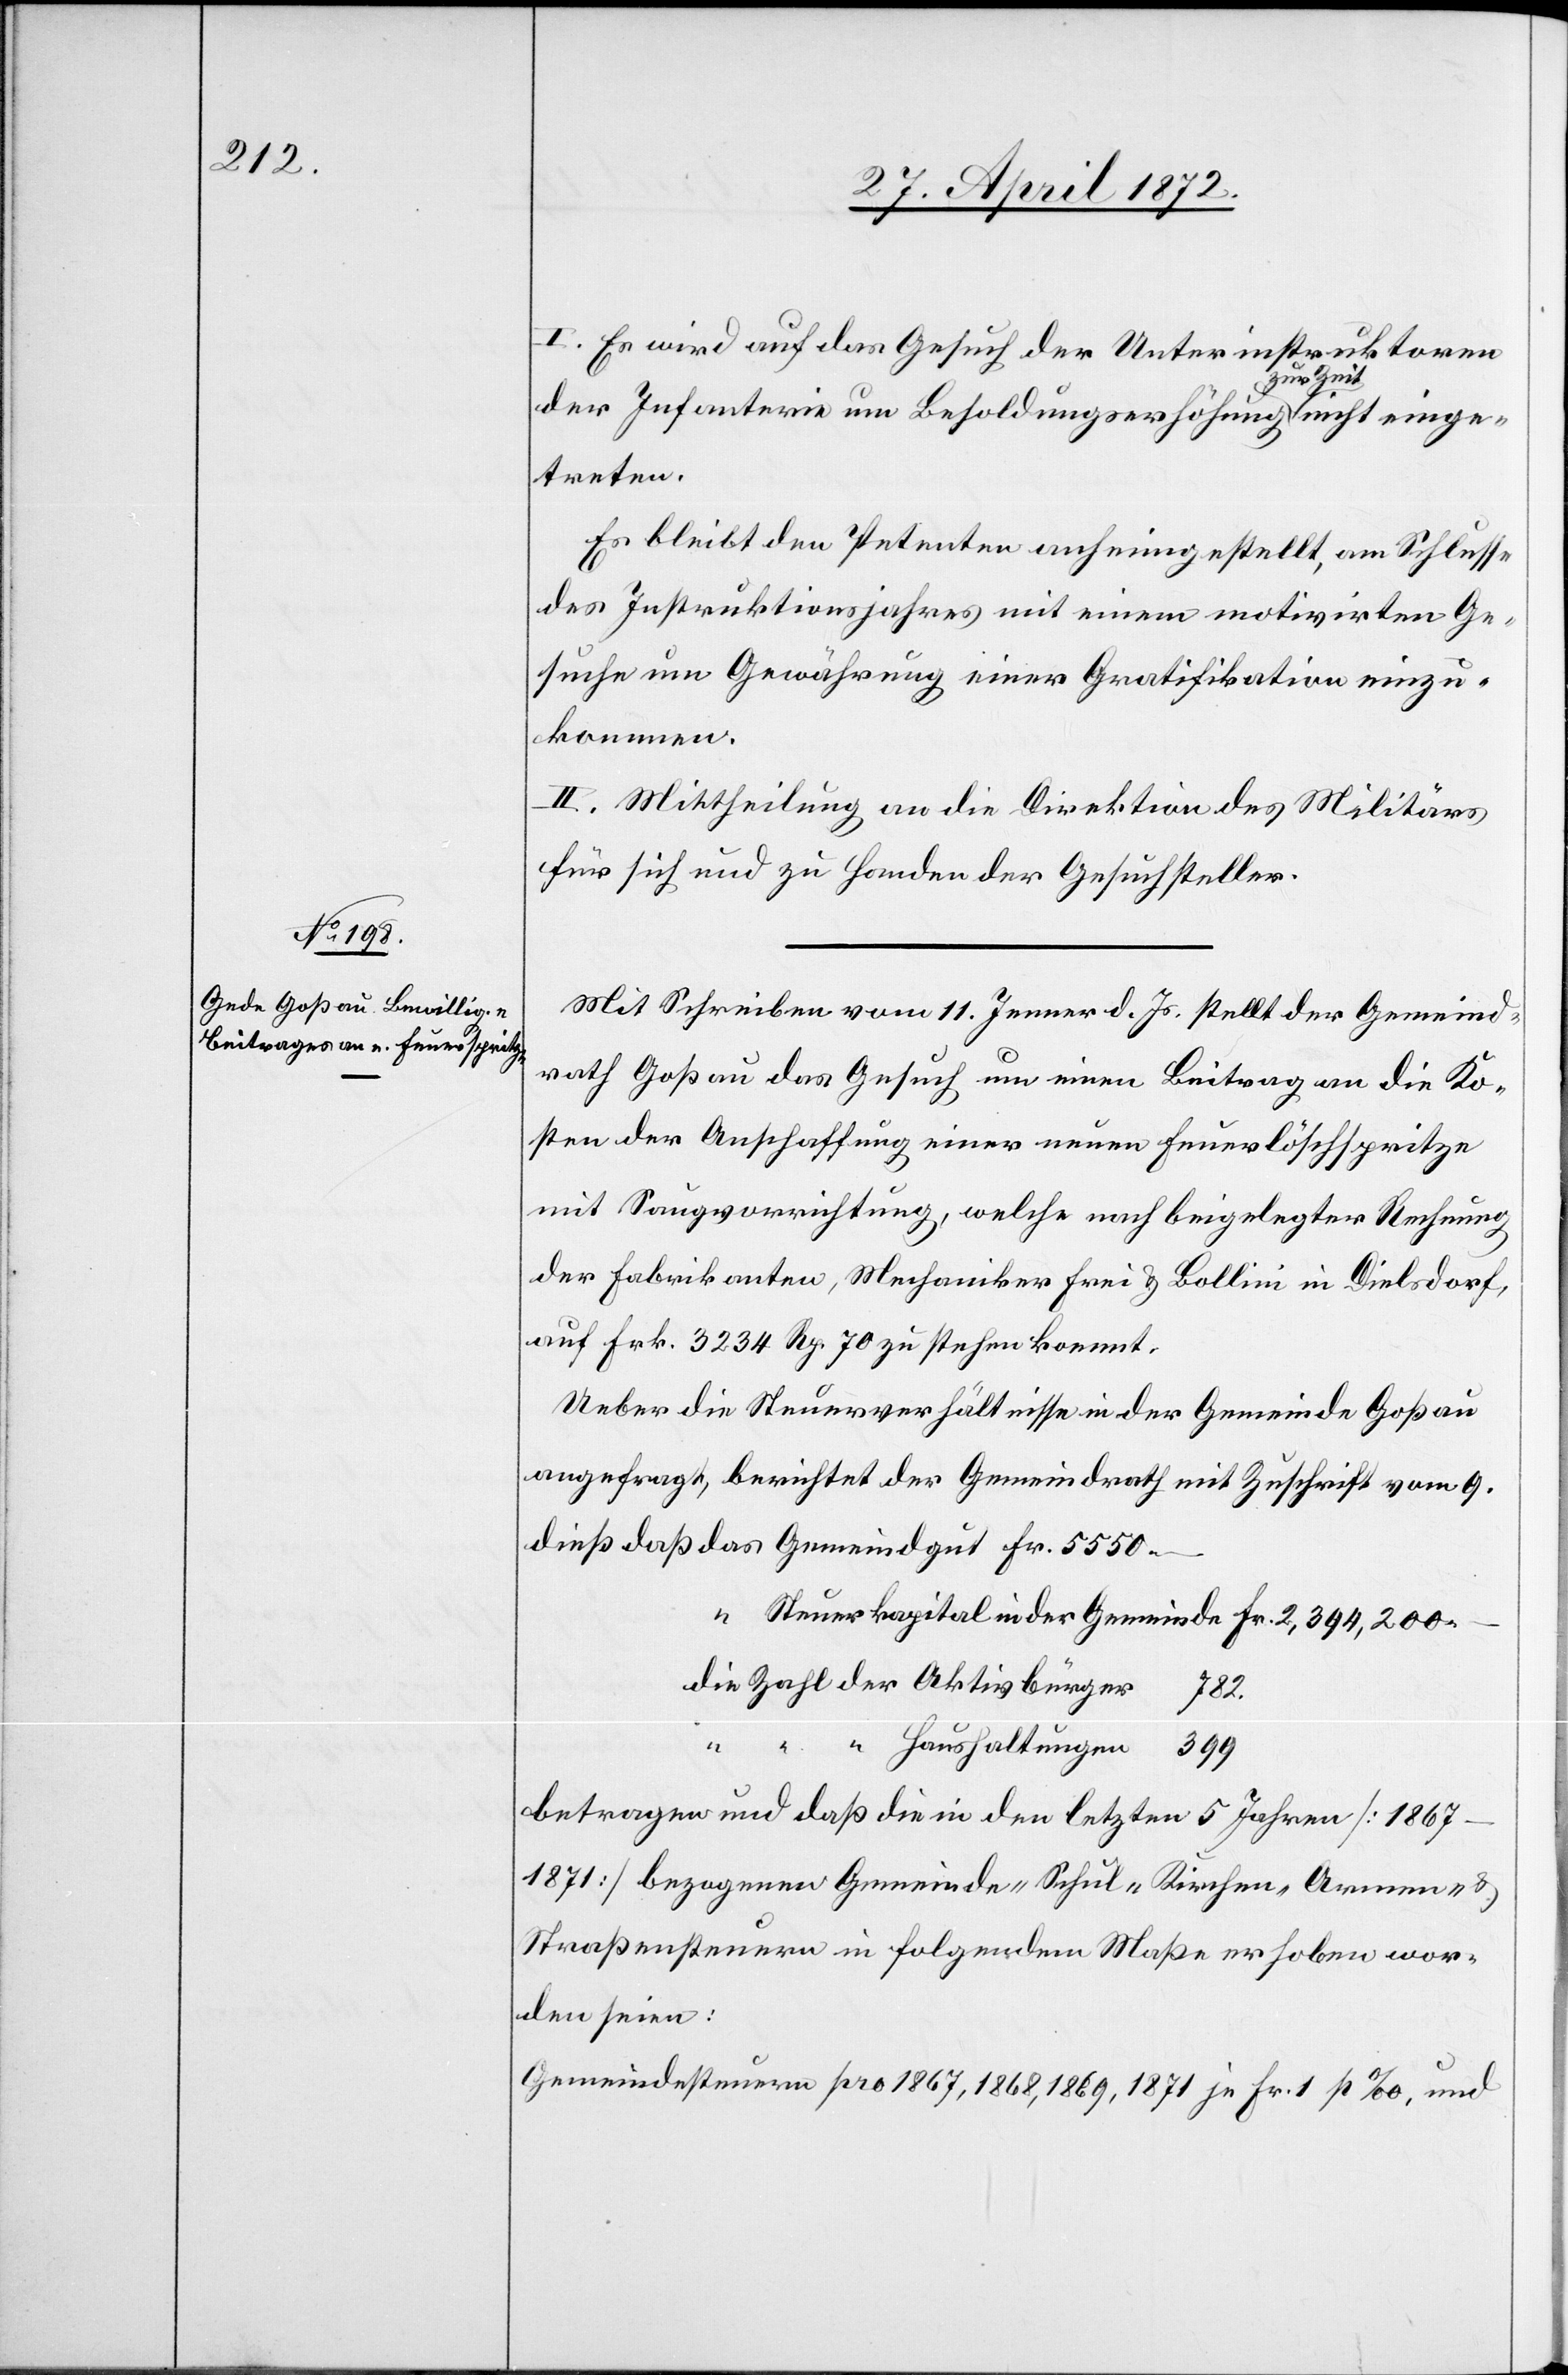
I. Es wird auf das Gesuch der Unterinstruktoren
der Infanterie um Besoldungserhöhung zur Zeit nicht einge¬
treten.
Es bleibt den Petenten anheimgestellt, am Schlusse
des Instruktionsjahres mit einem motivirten Ge¬
suche um Gewährung einer Gratifikation einzu¬
kommen.
II. Mittheilung an die Direktion des Militärs
für sich und zu handen der Gesuchsteller.
Mit Schreiben vom 11. Jenner d. Js. stellt der Gemeind¬
rath Goßau das Gesuch um einen Beitrag an die Ko¬
sten der Anschaffung einer neuen Feuerlöschspritze
mit Saugvorrichtung, welche nach beigelegter Rechnung
der Fabrikanten, Mechaniker Frei u. Bollini in Dielsdorf,
auf Frk. 3234 Rp. 70 zu stehen kommt.
Ueber die Steuerverhältnisse in der Gemeinde Goßau
angefragt, berichtet der Gemeindrathes mit Zuschrift vom 9.
Zahl der Aktivbürger
782
der
“
“
Haushaltungen
betragen und daß die in den letzten 5 Jahren [1867–1871]
bezogenen Gemeind-[,] Schul-[,] Kirchen-[,] Armen- u.
Straßensteuern in folgendem Maße erhoben wor¬
den seien:
Gemeindesteuern pro 1867, 1868, 1869, 1871 je Fr. 1 p ‰, und